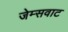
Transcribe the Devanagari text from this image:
जेम्सवाट